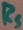
Text: RS